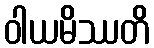
ဝါယမိဿတိ